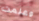
وعلمت